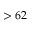
> 6 2